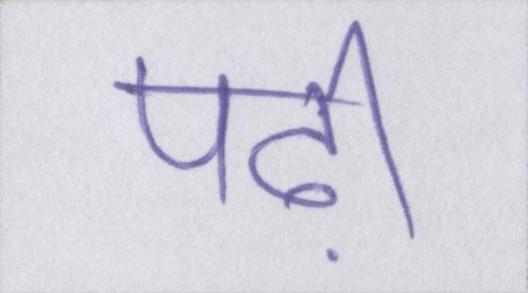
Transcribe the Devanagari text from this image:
पढ़ी